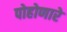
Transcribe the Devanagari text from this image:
पोहोणारे